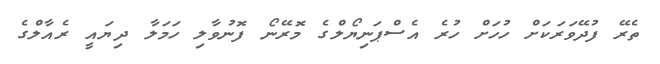
ތެރޭ ފުދޭވަރަކަށް ހުހަށް ހުރެ އެސްޕަނިޔޯލްގެ މޮރޭނޯ ފޮނުވާލި ހަމަލާ ދިޔައީ ރެއާލްގެ